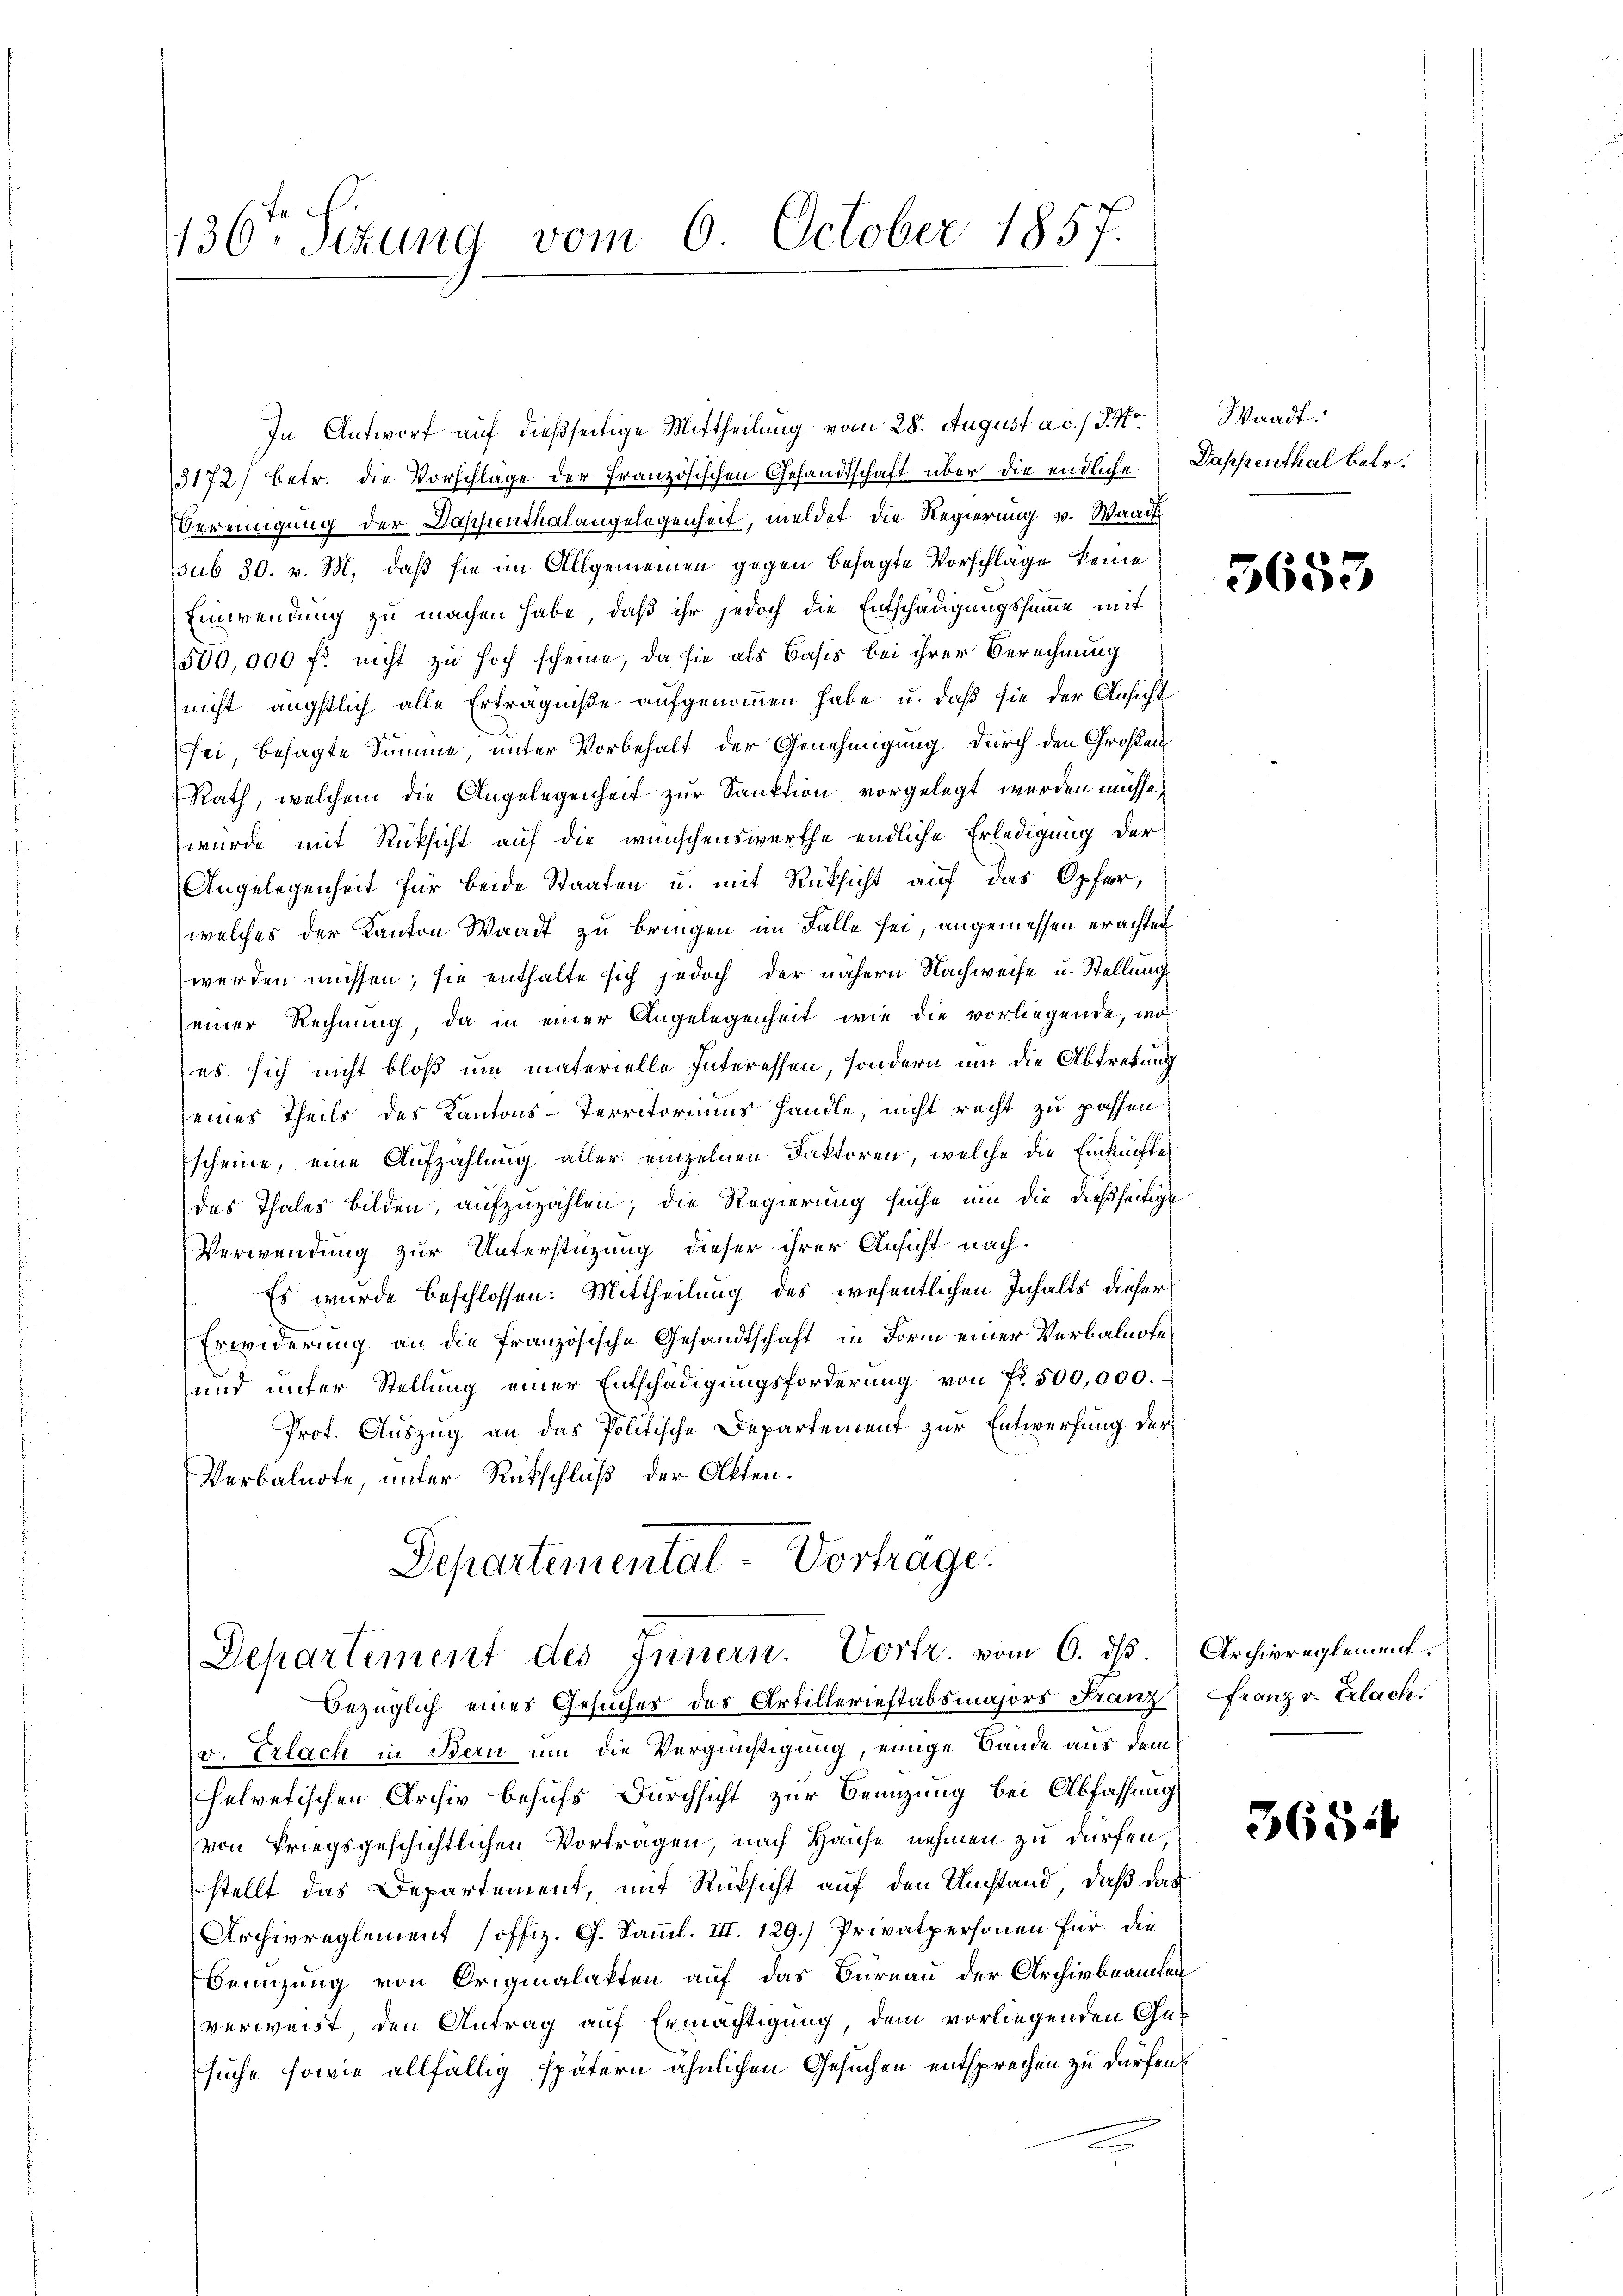
136. Sitzung vom 6 October 1857.

Departemental-Vortrage.
Departement des Innern. Vortr. vom 6. ds.
Bezüglich eines Gesucher des Artilleriestabsmajors Franz

In Antwort auf dießseitige Mittheilung vom 28. August a. c. / 5. No
3172) betr. die Vorschlage der französischen Gesandtschaft über die endliche
Vereinigung der Baschenthalangelegenheit, meldet die Regierung v. Waadt
sub 30. v. M. daß sie im Allgemeinen gegen besagte Vorschlage keine
Einwendung zu machen habe, daß ihr jedoch die Entschädigungssumme mit
500,000 fr. nicht zu hoch scheine, da sie als Basis bei ihrer Berechnung
nicht ängstlich alle Erträgniße aufgenommen habe u. daß sie der Ansicht
sei, besagte Summe unter Vorbehalt der Genehmigung durch den Großen
Rath, welchem die Angelegenheit zur Sanktion vorgelegt werden müsse,
wurde mit Rücksicht auf die wünschenswerthe endliche Erledigung der
Angelegenheit für beide Staaten u. mit Rücksicht auf das Opfer,
welches der Kanton Waadt zu bringen im Falle sei, angemessen erachtet
werden müssen; sie enthalte sich jedoch der nähern Nachweise u. Stellung
einer Rechnung, da in einer Angelegenheit wie die vorliegende, wo
es sich nicht bloß um materielle Interessen, sondern um die Abtretung
eines Theils des Kantons-Territoriums handle, nicht recht zu passen
Escheine, eine Aufzahlung aller einzelnen Faktoren, welche die Einkünfte
das Thales bilden, aufzuzahlen; die Regierung suche um die dießseitige
Verwendung zur Unterstüzung dieser ihrer Ansicht nach¬
Es wurde beschlossen: Mittheilung des wesentlichen Inhalts dieser
Erwiderung an die französische Gesandtschaft in Form einer Verbalnote
und unter Stellung einer Entschädigungsforderung von Fr. 500,000.
Prot. Auszug an das Politische Departement zur Entwerfung der
Verbalnote, unter Rückschluß der Akten.

v. Erlach in Bern und die Vergünstigung, einige Bände aus dem
helvetischen Archiv behufs Durchsicht zur Benuzung bei Abfassung
von kriegsgeschichtlichen Vortragen, nach Hause nehmen zu dürfen,
stellt das Departement, mit Rücksicht auf den Umstand, daß das
Archivreglement offiz. G. Samml. III. 129.) Privatpersonen für die
Benuzung von Originalakten auf das Burnau der Archivbeamten
verweist den Antrag auf Ermächtigung, dem vorliegenden Ge-
suche sowie allfällig spätern ähnlichen Gesuchen entsprechen zu dürfen.

Waadt.
Dappenthal betr.

5653

Archivreglement.
Franz v. Erlach.

3654